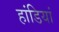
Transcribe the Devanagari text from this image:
हांडियां